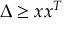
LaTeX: \Delta \geq x x ^ { T }